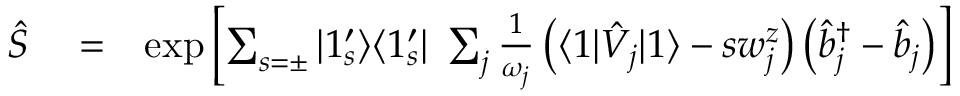
\begin{array} { r l r } { \hat { S } } & { { } = } & { \exp \left[ \sum _ { s = \pm } | 1 _ { s } ^ { \prime } \rangle \langle 1 _ { s } ^ { \prime } | \ \sum _ { j } \frac { 1 } { \omega _ { j } } \left( \langle 1 | \hat { V } _ { j } | 1 \rangle - s w _ { j } ^ { z } \right) \left( \hat { b } _ { j } ^ { \dagger } - \hat { b } _ { j } \right) \right] } \end{array}